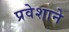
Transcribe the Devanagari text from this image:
प्रवेशाने